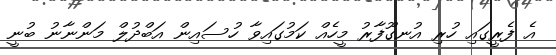
އެ ފެރީގައި ހުރި އުނގޫފާރު މީހެއް ކަމުގައިވާ ހުސައިން އަބްދުލް މަންނާނު ބުނީ